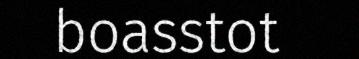
boasstot